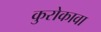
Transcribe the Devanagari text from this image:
कुरोकावा